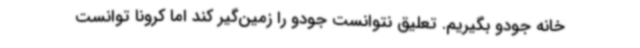
خانه جودو بگیریم. تعلیق نتوانست جودو را زمین‌گیر کند اما کرونا توانست